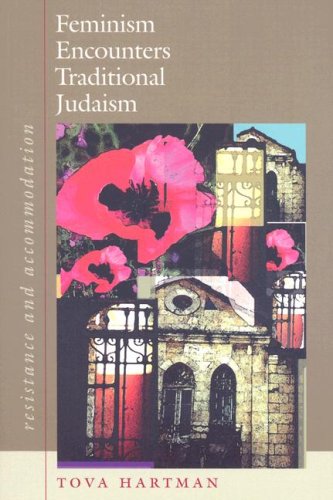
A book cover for Feminism Encounters Traditional Judaism: Resistance and Accommodation (HBI Series on Jewish Women); Tova Hartman; Religion & Spirituality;